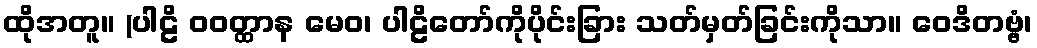
ထိုအတူ။ (ပါဠိ ဝဝတ္ထာန မေဝ၊ ပါဠိတော်ကိုပိုင်းခြား သတ်မှတ်ခြင်းကိုသာ။ ဝေဒိတဗ္ဗံ၊